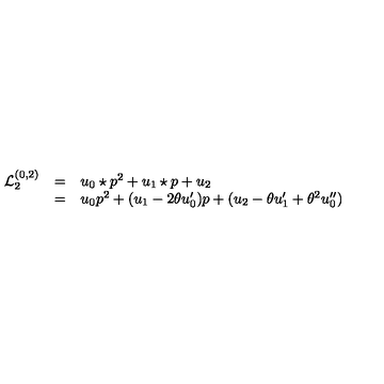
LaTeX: \begin{array} { l c l } { { \mathcal L } _ { 2 } ^ { ( 0 , 2 ) } } & { = } & { { u _ { 0 } \star p } ^ { 2 } + u _ { 1 } \star p + u _ { 2 } } \\ { } & { = } & { u _ { 0 } { p } ^ { 2 } + ( u _ { 1 } - 2 \theta u _ { 0 } ^ { \prime } ) p + ( u _ { 2 } - \theta u _ { 1 } ^ { \prime } + \theta ^ { 2 } u _ { 0 } ^ { \prime \prime } ) } \\ \end{array}